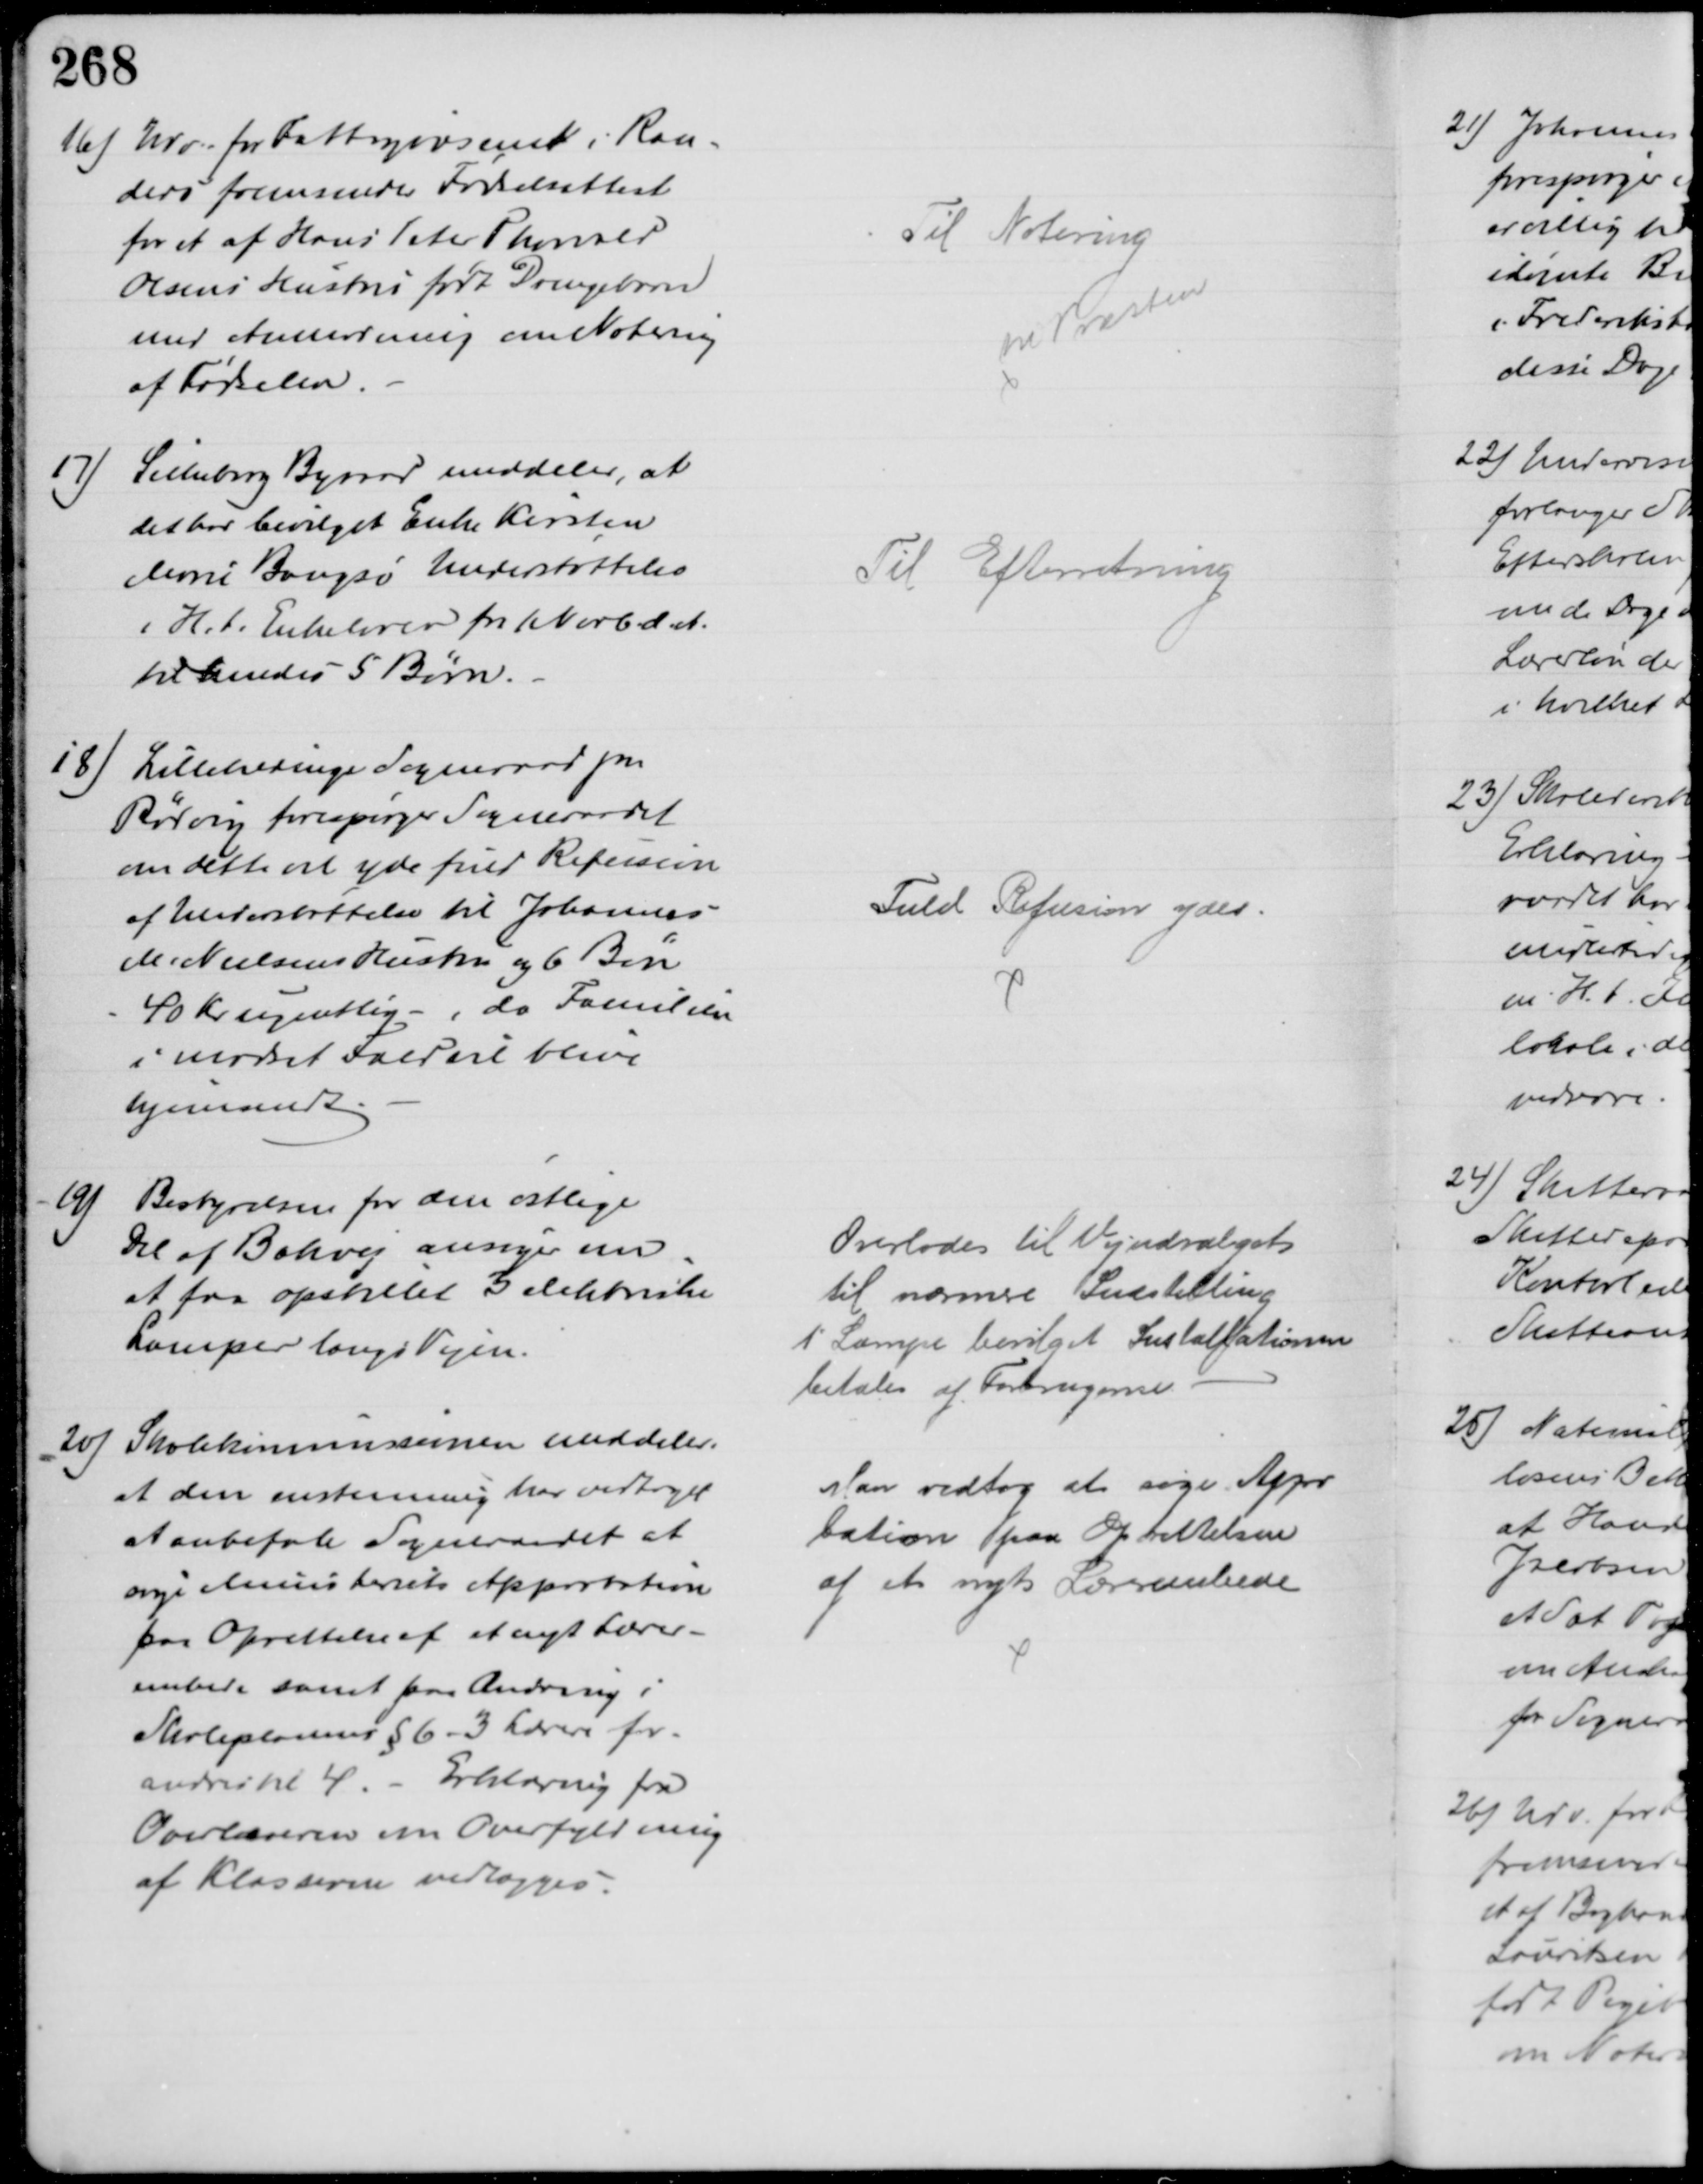
Transskription:
16) Udv. for Fattigvæsenet i Ran-
ders fremsender Fødselsattest
for et af Hans Peter Thorvald
Olsens Hustru født Drengebarn
med Anmodning om Notering
af Fødselen.
Til Notering
til Præsten
17)
Silkeborg Byraad meddeler, at
det har bevilget Enke Kirsten
Marie Bangsø Understøttelse
i H. t. Enkeloven fra 1 Novb. d. A.
til hendes 5 Børn
Til Efterretning
18) Lillehedinge Sogneraad pr
Rødvig forespørger Sogneraadet
om dette vil yde fuld Refusion
af Understøttelse til Johannes
M. Nielsens Hustru og 6 Børn
40 Kr ugentlig, da Familien
i modsat Fald vil blive
hjemsendt
Fuld Refusion ydes
19)
Bestyrelsen for den østlige
Del af Bækvej ansøger om
at faa opstillet 3 elektriske
Lamper langs Vejen.
Overlodes til Vejudvalget
til nærmere Indstilling
1 Lampe bevilget Installationen
betales af Forbrugerne.
20)
Skolekommissionen meddeler,
at den enstemmig har vedtaget
at anbefale Sogneraadet at
søge Ministeriets Approbation
paa Oprettelse af et nyt Lærer-
embede samt paa Ændring i
Skoleplanens § 6 - 3 Lærere for-
andres til 4 - Erklæring fra
Overlæreren om Overfyldning
af Klasserne vedlægges.
Man vedtog at søge Appro
tation paa Oprettelsen
af et nyt Lærerembede